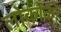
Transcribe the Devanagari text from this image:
लोकोंकी